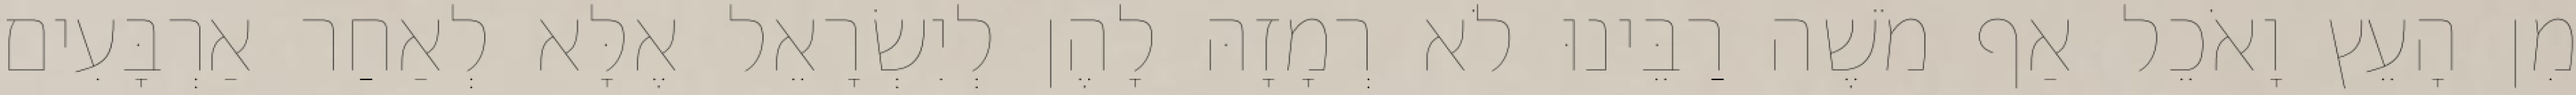
מִן הָעֵץ וָאֹכֵל אַף מֹשֶׁה רַבֵּינוּ לֹא רְמָזָהּ לָהֶן לְיִשְׂרָאֵל אֶלָּא לְאַחַר אַרְבָּעִים